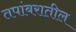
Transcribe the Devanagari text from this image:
तपांबरातील